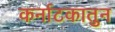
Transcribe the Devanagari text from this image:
कर्नाटकातुन